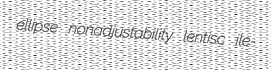
ellipse nonadjustability lentisc ile-